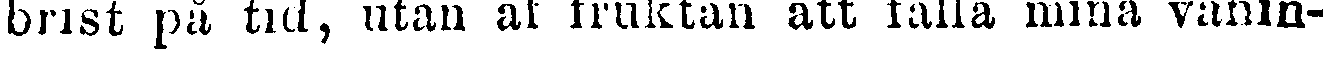
brist på tid, utan af fruktan att falla mina vänin-